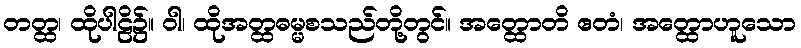
တတ္ထ၊ ထိုပါဠိ၌။ ဝါ၊ ထိုအတ္ထဓမ္မစသည်တို့တွင်။ အတ္ထောတိ ဧတံ၊ အတ္ထောဟူသော